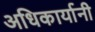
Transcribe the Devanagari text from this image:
अधिकार्यानी